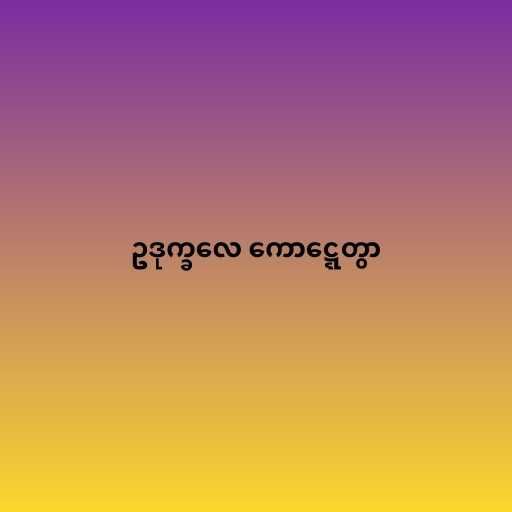
ဥဒုက္ခလေ ကောဋ္ဋေတွာ